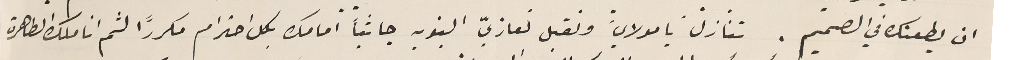
ان يطعنك في الصميم. تنازل يا مولاي، ونقبل تعازيّ التنويه جاثياً امامك بكل احترام مكررًا لثم اناملك الطاهرة